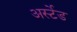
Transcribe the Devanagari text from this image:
अर्स्टेड